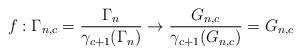
LaTeX: \begin{align*}f:\Gamma_{n,c}=\frac{\Gamma_n}{\gamma_{c+1}(\Gamma_n)} \to \frac{G_{n,c}}{\gamma_{c+1}(G_{n,c})}=G_{n,c}\end{align*}